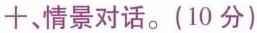
十、情景对话。(10分)